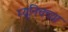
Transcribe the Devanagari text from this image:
म्यूनिचच्या